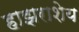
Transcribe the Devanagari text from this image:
हाझराशेय